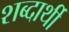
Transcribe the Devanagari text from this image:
शब्दार्थी